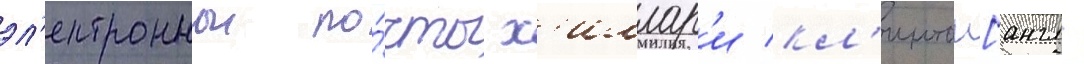
эл'ектроннои по́чты х'иллар'и кл'интон[англ.